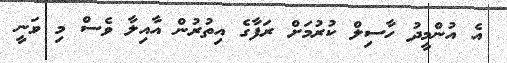
އެ އުންމީދު ހާސިލް ކުރުމަށް ރަފާގެ އިތުރުން އާއިލާ ވެސް މި ވަނީ